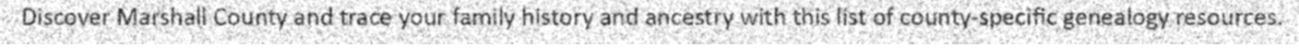
Discover Marshall County and trace your family history and ancestry with this list of county-specific genealogy resources.